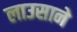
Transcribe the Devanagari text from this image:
लाउसाने